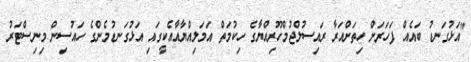
"އަޅުގަނޑު ބައެއް ފަހަރަށް ހިތަށްއަރާ ރައިސުލްޖުމްހޫރިއްޔާގެ ހިކުމަތް އަމަލިއްޔާއާއެކީގައި އަޅުގަނޑުމެންގެ ހައުސިން މިނިސްޓަރު